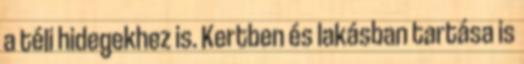
a téli hidegekhez is. Kertben és lakásban tartása is